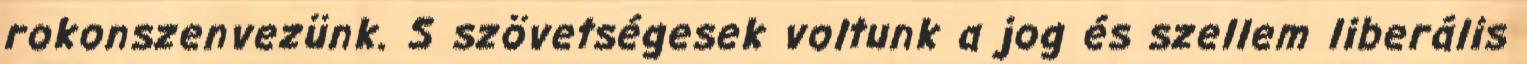
rokonszenvezünk. S szövetségesek voltunk a jog és szellem liberális